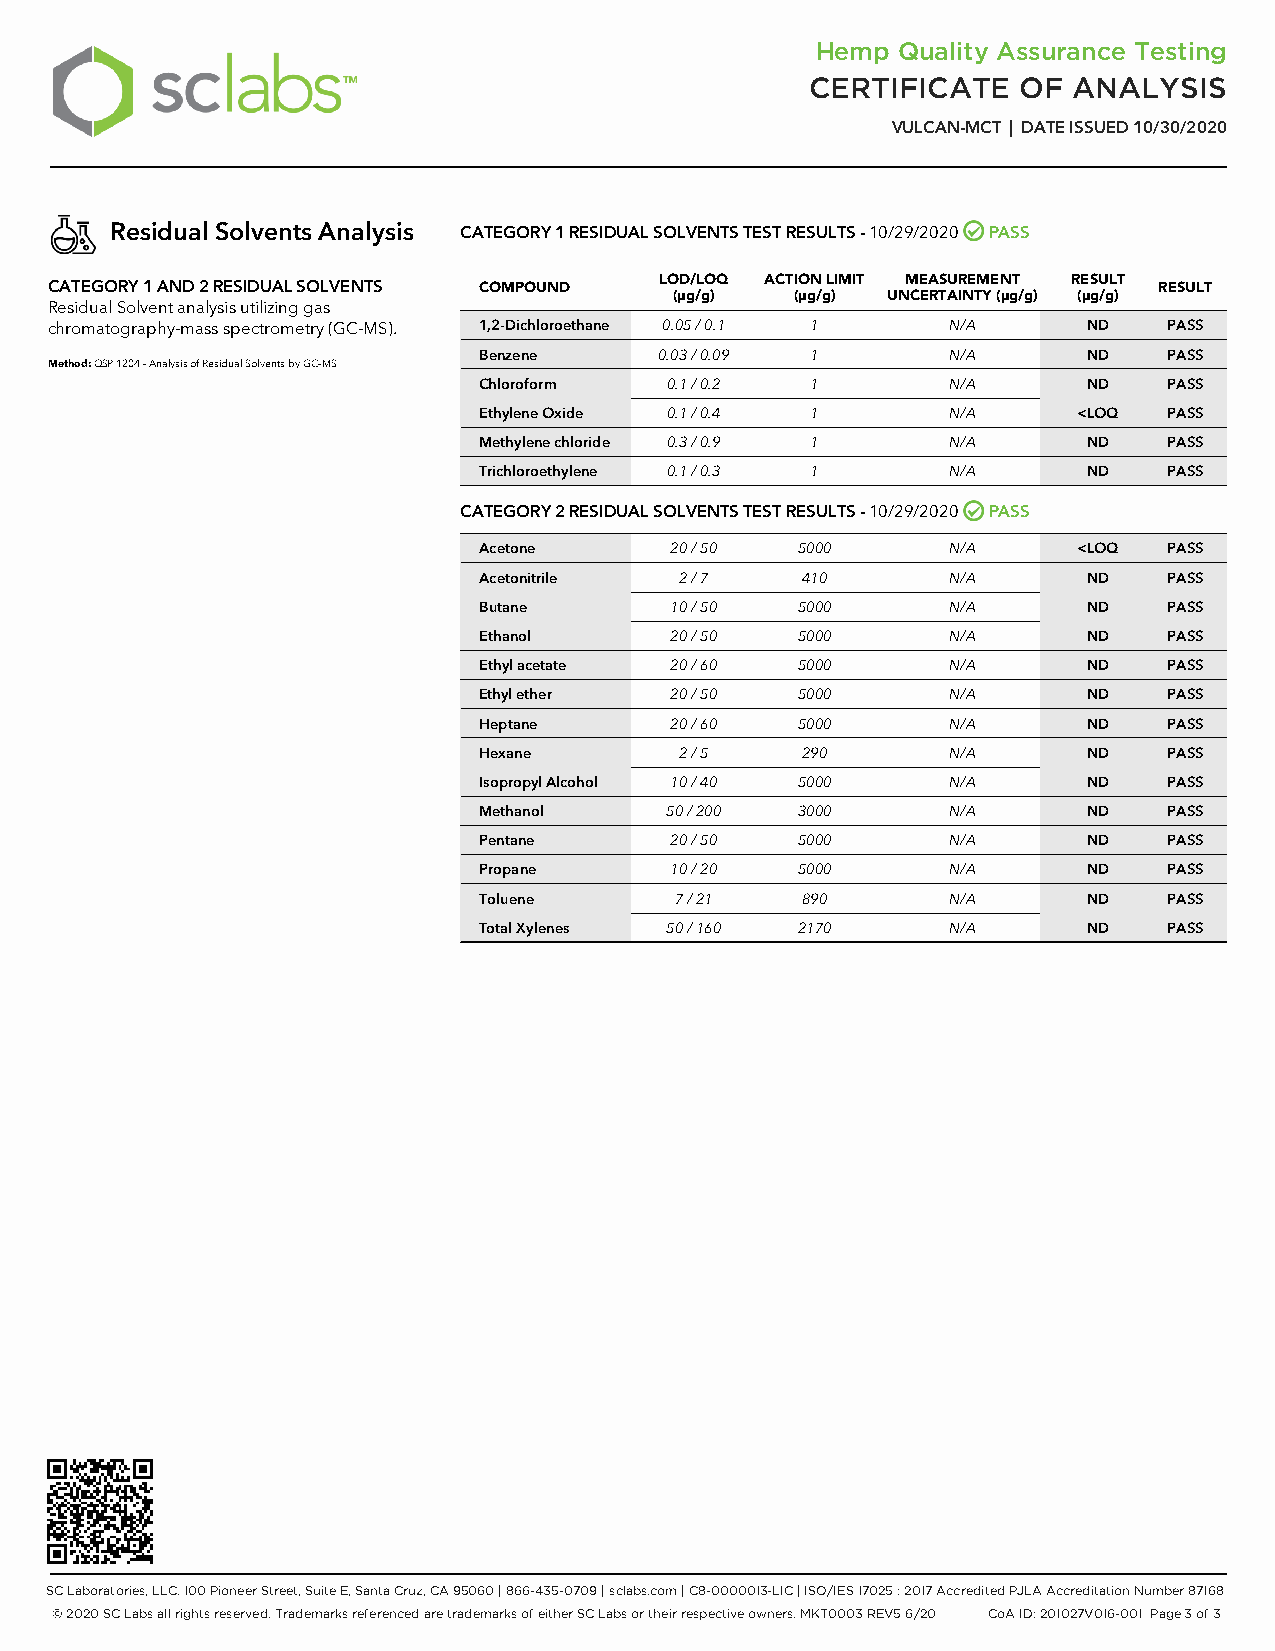
Hemp Quality Assurance Testing
 CERTIFICATE   OF ANALYSIS
 VULCAN-MCT | DATE ISSUED 10/30/2020
 Residual Solvents Analysis CATEGORY 1 RESIDUAL SOLVENTS TEST RESULTS - 10/29/2020 PASS
 LOD/LOQ ACTION LIMIT MEASUREMENT RESULT
 CATEGORY 1 AND 2 RESIDUAL SOLVENTS COMPOUND                               RESULT
 (μg/g)  (μg/g) UNCERTAINTY (μg/g) (μg/g)
 Residual Solvent analysis utilizing gas
 chromatography-mass spectrometry (GC-MS). 1,2-Dichloroethane 0.05 / 0.1 1 N/A ND PASS
 Benzene     0.03 / 0.09 1      N/A      ND   PASS
 Method:QSP 1204 - Analysis of Residual Solvents by GC-MS
 Chloroform  0.1 / 0.2 1        N/A      ND   PASS
 Ethylene Oxide 0.1 / 0.4 1     N/A     <LOQ  PASS
 Methylene chloride 0.3 / 0.9 1 N/A      ND   PASS
 Trichloroethylene 0.1 / 0.3 1  N/A      ND   PASS
 CATEGORY 2 RESIDUAL SOLVENTS TEST RESULTS - 10/29/2020 PASS
 Acetone     20 / 50  5000      N/A     <LOQ  PASS
 Acetonitrile 2 / 7   410       N/A      ND   PASS
 Butane      10 / 50  5000      N/A      ND   PASS
 Ethanol     20 / 50  5000      N/A      ND   PASS
 Ethyl acetate 20 / 60 5000     N/A      ND   PASS
 Ethyl ether 20 / 50  5000      N/A      ND   PASS
 Heptane     20 / 60  5000      N/A      ND   PASS
 Hexane       2 / 5   290       N/A      ND   PASS
 Isopropyl Alcohol 10 / 40 5000 N/A      ND   PASS
 Methanol    50 / 200 3000      N/A      ND   PASS
 Pentane     20 / 50  5000      N/A      ND   PASS
 Propane     10 / 20  5000      N/A      ND   PASS
 Toluene      7 / 21  890       N/A      ND   PASS
 Total Xylenes 50 / 160 2170    N/A      ND   PASS
 SC Laboratories, LLC. 100 Pioneer Street, Suite E, Santa Cruz, CA 95060 | 866-435-0709 | sclabs.com | C8-0000013-LIC | ISO/IES 17025 : 2017 Accredited PJLA Accreditation Number 87168
 © 2020 SC Labs all rights reserved. Trademarks referenced are trademarks of either SC Labs or their respective owners. MKT0003 REV5 6/20 CoA ID: 201027V016-001 Page 3 of 3